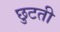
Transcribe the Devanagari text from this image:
छुटती